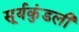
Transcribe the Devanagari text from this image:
सूर्यकुंडली